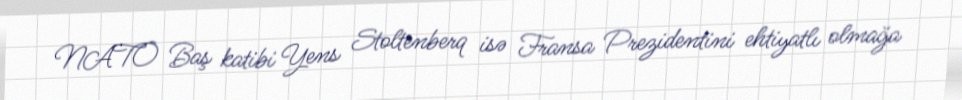
NATO Baş katibi Yens Stoltenberq isə Fransa Prezidentini ehtiyatlı olmağa